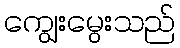
ကျွေးမွေးသည်